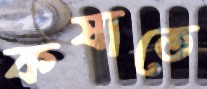
কষাতে